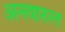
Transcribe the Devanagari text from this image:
अनवारुल